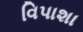
વિપાશા